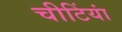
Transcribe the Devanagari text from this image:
चीटिंयां